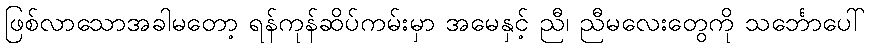
ဖြစ်လာသောအခါမတော့ ရန်ကုန်ဆိပ်ကမ်းမှာ အမေနှင့် ညီ၊ ညီမလေးတွေကို သင်္ဘောပေါ်